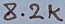
Text: 8.2K